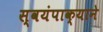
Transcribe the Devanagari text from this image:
स्वयंपाक्याने